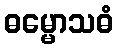
ဓမ္မောသဓံ